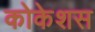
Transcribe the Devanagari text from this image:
कोकेशस